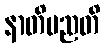
နာတိမညတိ